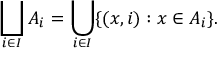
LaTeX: \bigsqcup _ { i \in I } A _ { i } = \bigcup _ { i \in I } \{ ( x , i ) : x \in A _ { i } \} .